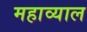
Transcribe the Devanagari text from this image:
महाव्याल